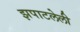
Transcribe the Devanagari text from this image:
झपाटलेली